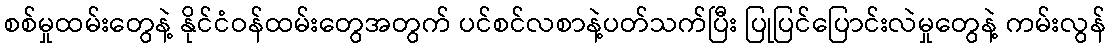
စစ်မှုထမ်းတွေနဲ့ နိုင်ငံဝန်ထမ်းတွေအတွက် ပင်စင်လစာနဲ့ပတ်သက်ပြီး ပြုပြင်ပြောင်းလဲမှုတွေနဲ့ ကမ်းလွန်